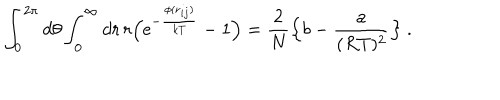
LaTeX: \int _ { 0 } ^ { 2 \pi } d \theta \int _ { 0 } ^ { \infty } d r \, r \Bigl ( \mathrm { e } ^ { - { \frac { \phi ( { \bf r } _ { i j } ) } { k T } } } - 1 \Bigr ) = { \frac { 2 } { N } } \Bigl \{ b - { \frac { a } { ( R T ) ^ { 2 } } } \Bigr \} \ .